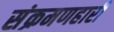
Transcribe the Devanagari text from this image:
संक्रमणहारी